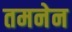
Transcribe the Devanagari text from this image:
तमनेन